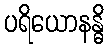
ပရိယောနန္ဓိ